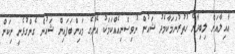
ޢާއިލާއަށް ލިބިދާނޭ ހުތުރުނަމަކާމެދު ޝައުން ނުވިސްނިއެއްކަމަކު އޭނާގެ މައިންބަފައިން ޝައުން ގެންގުޅެނީ ނިކަން